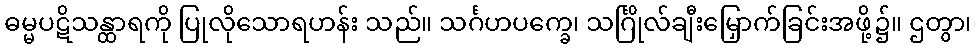
ဓမ္မပဋိသန္ထာရကို ပြုလိုသောရဟန်း သည်။ သင်္ဂဟပက္ခေ၊ သင်္ဂြိုလ်ချီးမြှောက်ခြင်းအဖို့၌။ ဌတွာ၊